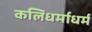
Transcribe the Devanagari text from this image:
कलिधर्माधर्म